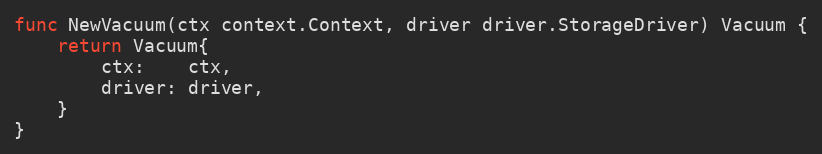
Language: Go
func NewVacuum(ctx context.Context, driver driver.StorageDriver) Vacuum {
	return Vacuum{
		ctx:    ctx,
		driver: driver,
	}
}